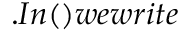
. I n ( ) w e w r i t e